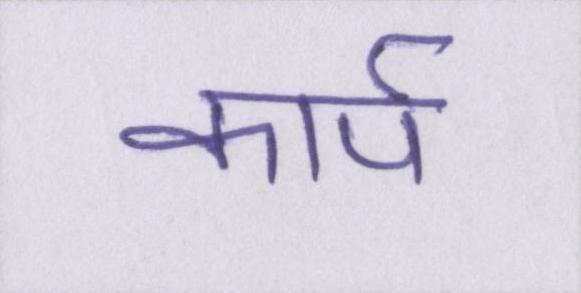
कार्प